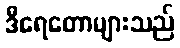
ဒီရေတောများသည်